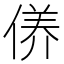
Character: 𱏂